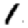
Digit: 1